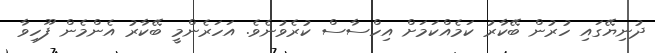
ދުނިޔޭގައި ހުރުން ބޭކާރު ކަމެއްކަމަށް އިހްސާސް ކުރެވުނެވެ. އަހަރެންމީ ބޭކާރު އެންމެން ފޫހިވާ